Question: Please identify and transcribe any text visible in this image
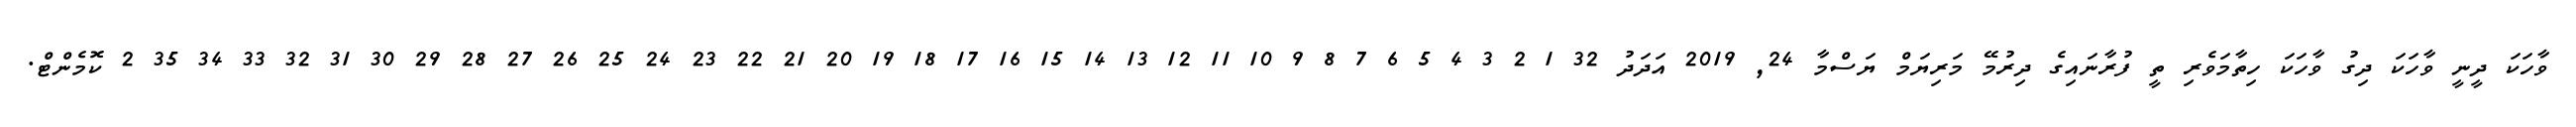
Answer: ވާހަކަ ދީނީ ވާހަކަ ދިގު ވާހަކަ ހިތާމަވެރި ތީ ފުރާނައިގެ ދިރުމޭ މަރިޔަމް ޔަސްމާ 24, 2019 އަދަދު 32 1 2 3 4 5 6 7 8 9 10 11 12 13 14 15 16 17 18 19 20 21 22 23 24 25 26 27 28 29 30 31 32 33 34 35 2 ކޮމެންޓް.